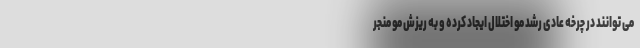
می توانند در چرخه عادی رشد مو اختلال ایجاد کرده و به ریزش مو منجر